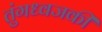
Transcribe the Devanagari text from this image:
तुंगध्वजकी